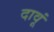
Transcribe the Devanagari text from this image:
दावूं